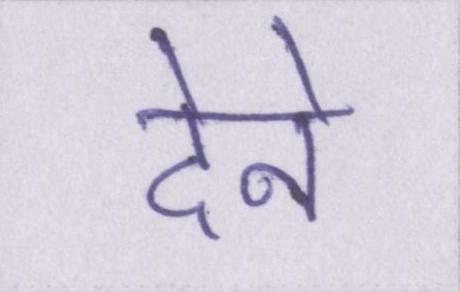
देने